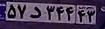
۵۷د۳۴۴۴۳